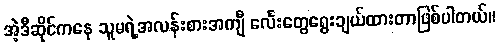
အဲ့ဒီဆိုင်ကနေ သူမရဲ့အလန်းစားအကျီ င်္လေးတွေရွေးချယ်ထားတာဖြစ်ပါတယ်။